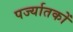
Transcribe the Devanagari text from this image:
पर्ज्यातकों